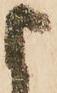
よ